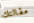
مقالتك